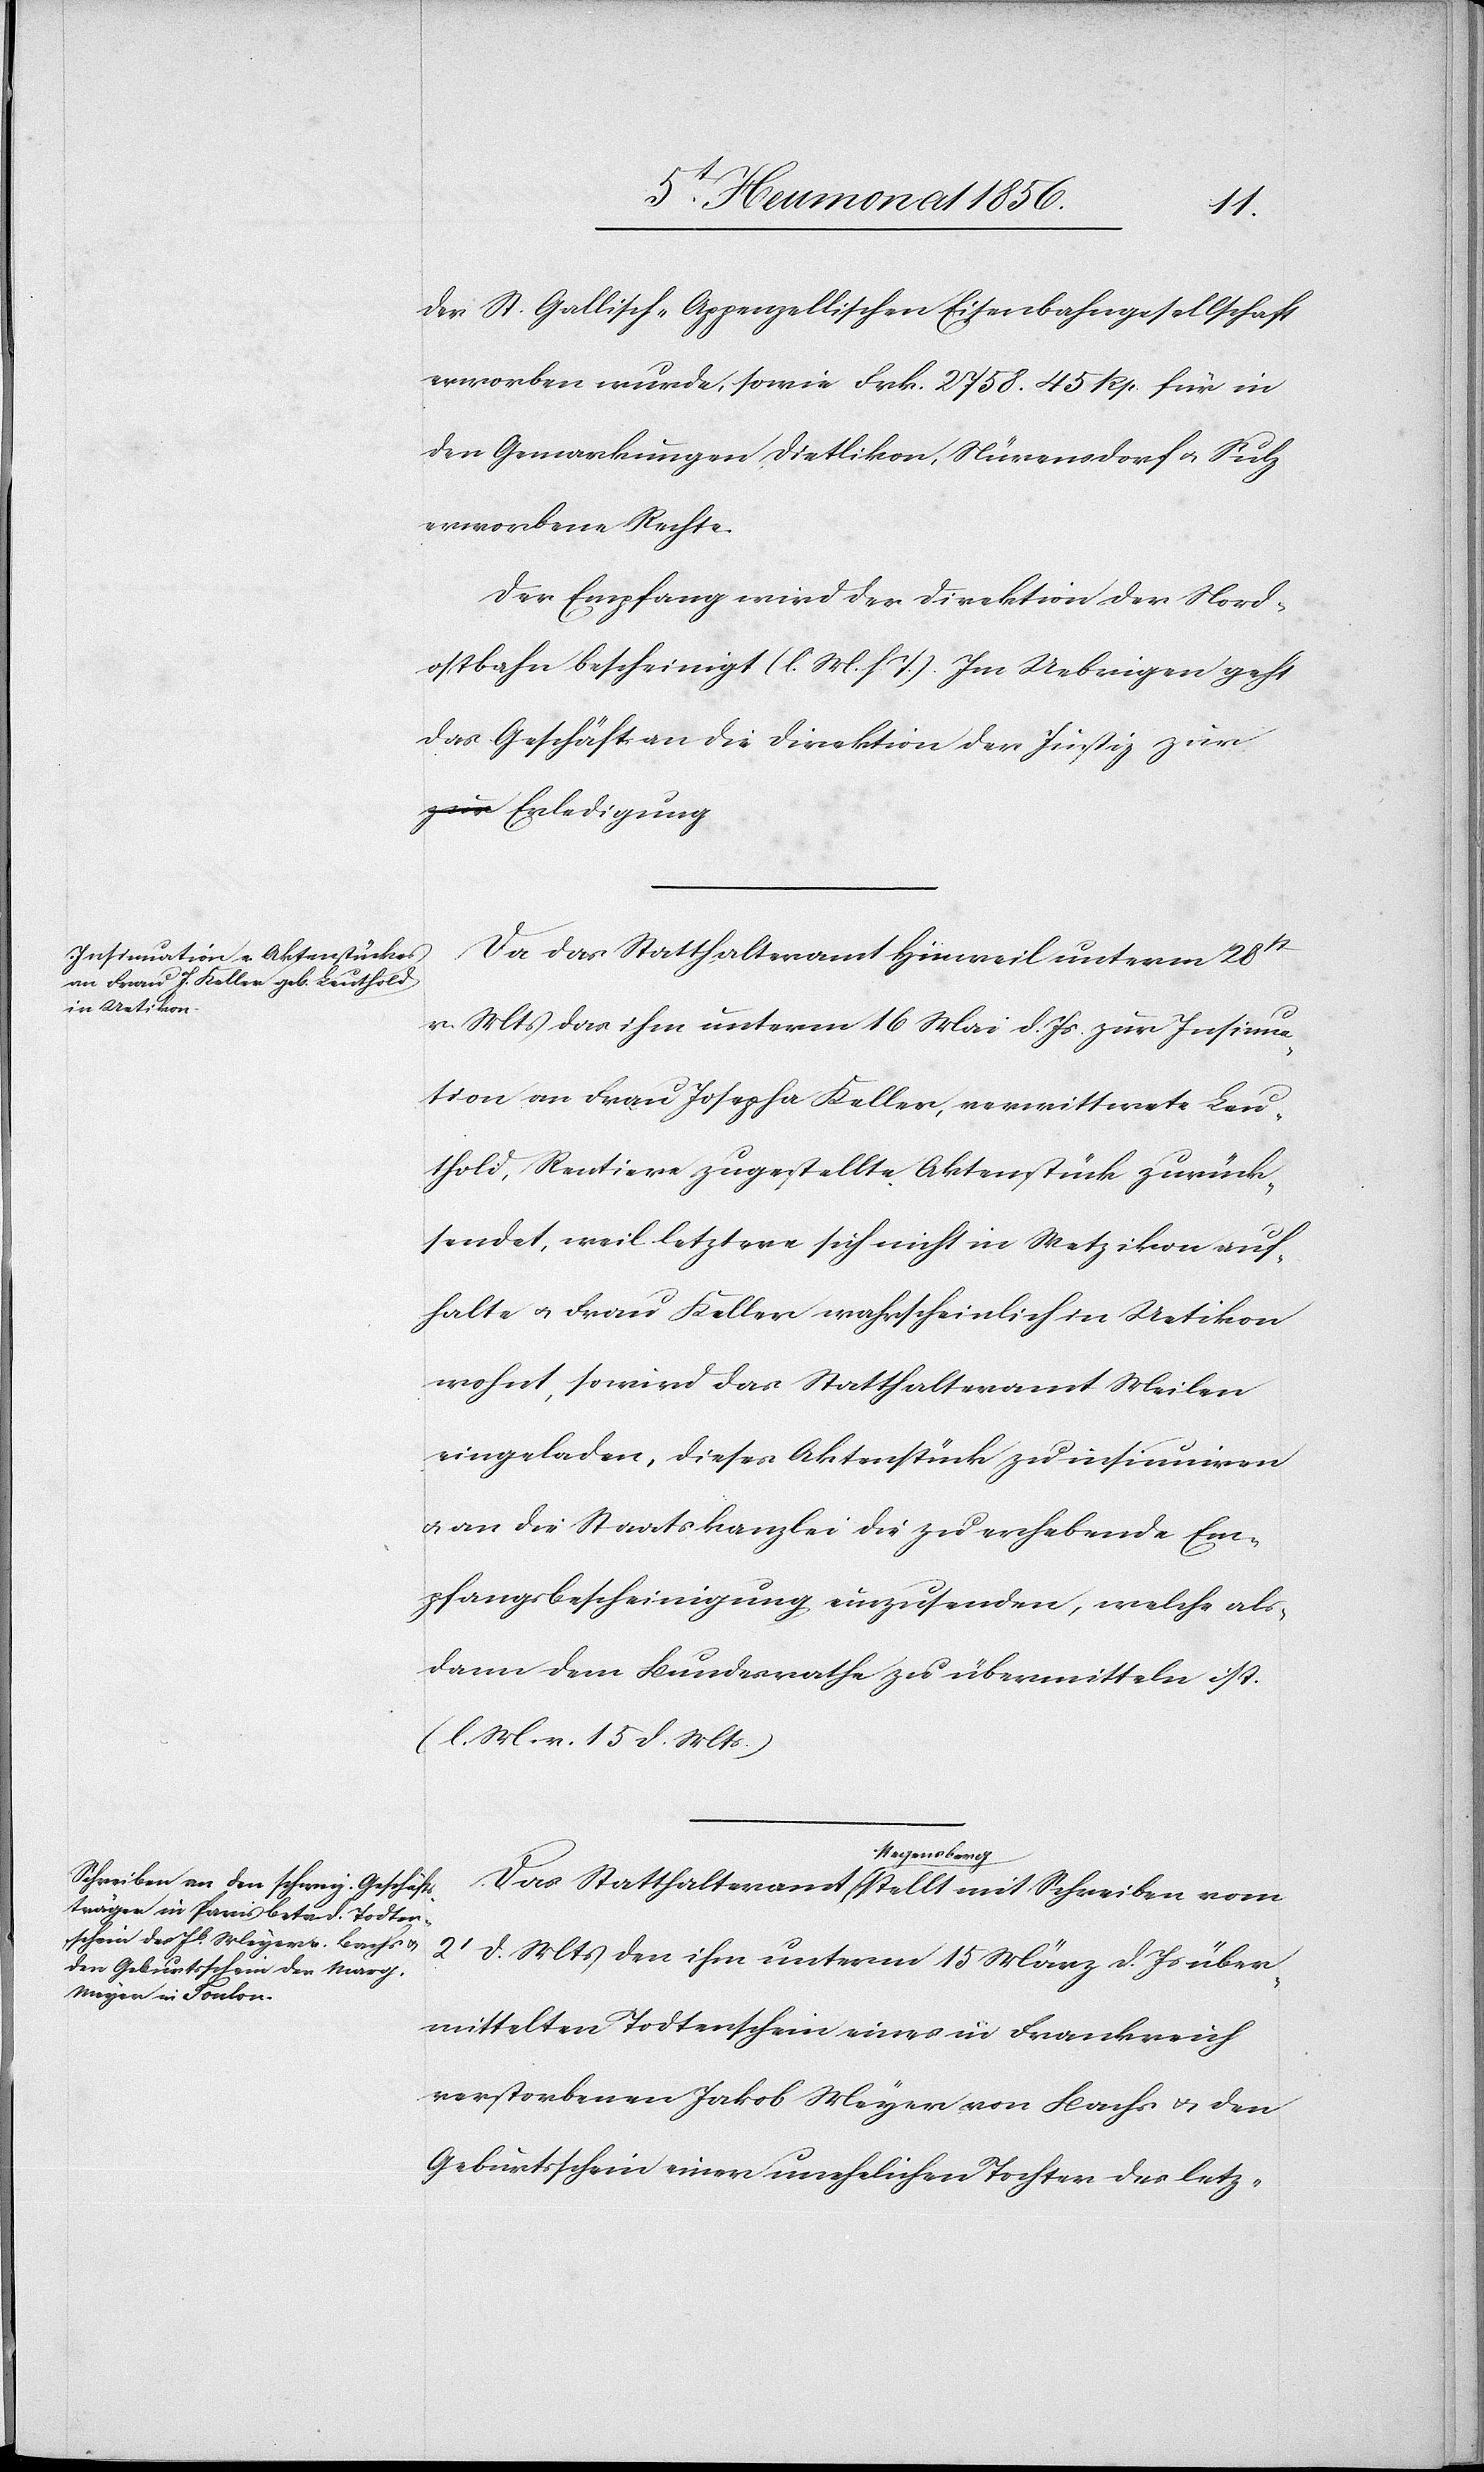
der St. Gallisch-Appenzellischen Eisenbahngesellschaft
erworben wurde, sowie Frk. 2758. 45 Rp. für in
den Gemarkungen Dietlikon, Nürensdorf u. Sulz
erworbene Rechte.
Der Empfang wird der Direktion der Nord¬
ostbahn bescheinigt (l. M. h. T.). Im Uebrigen geht
das Geschäft an die Direktion der Justiz zur
Da das Statthalteramt Hinweil unterm 28t
v. Mts das ihm unterm 16 Mai d. Js zur Insinua¬
tion an Frau Josepha Keller, verwittwete Leu¬
thold, Rentiere zugestellte Aktenstück zurück¬
sendet, weil letztere sich nicht in Wetzikon auf¬
halte u. Frau Keller wahrscheinlich in Uetikon
wohnt, so wird das Statthalteramt Meilen
eingeladen, dieses Aktenstück zu insinuiren
u. an die Staatskanzlei die zu erhebende Em¬
pfangsbescheinigung einzusenden, welche als¬
dann dem Bundesrathe zu übermitteln ist.
(l. M. v. 15 d. Mts.)
a-Regensberg-a
2t d. Mts den ihm unterm 15 März d. Js über¬
mittelten Todtenschein eines in Frankreich
verstorbenen Jakob Meyer von Bachs u. den
Geburtsschein einer unehelichen Tochter des letz-